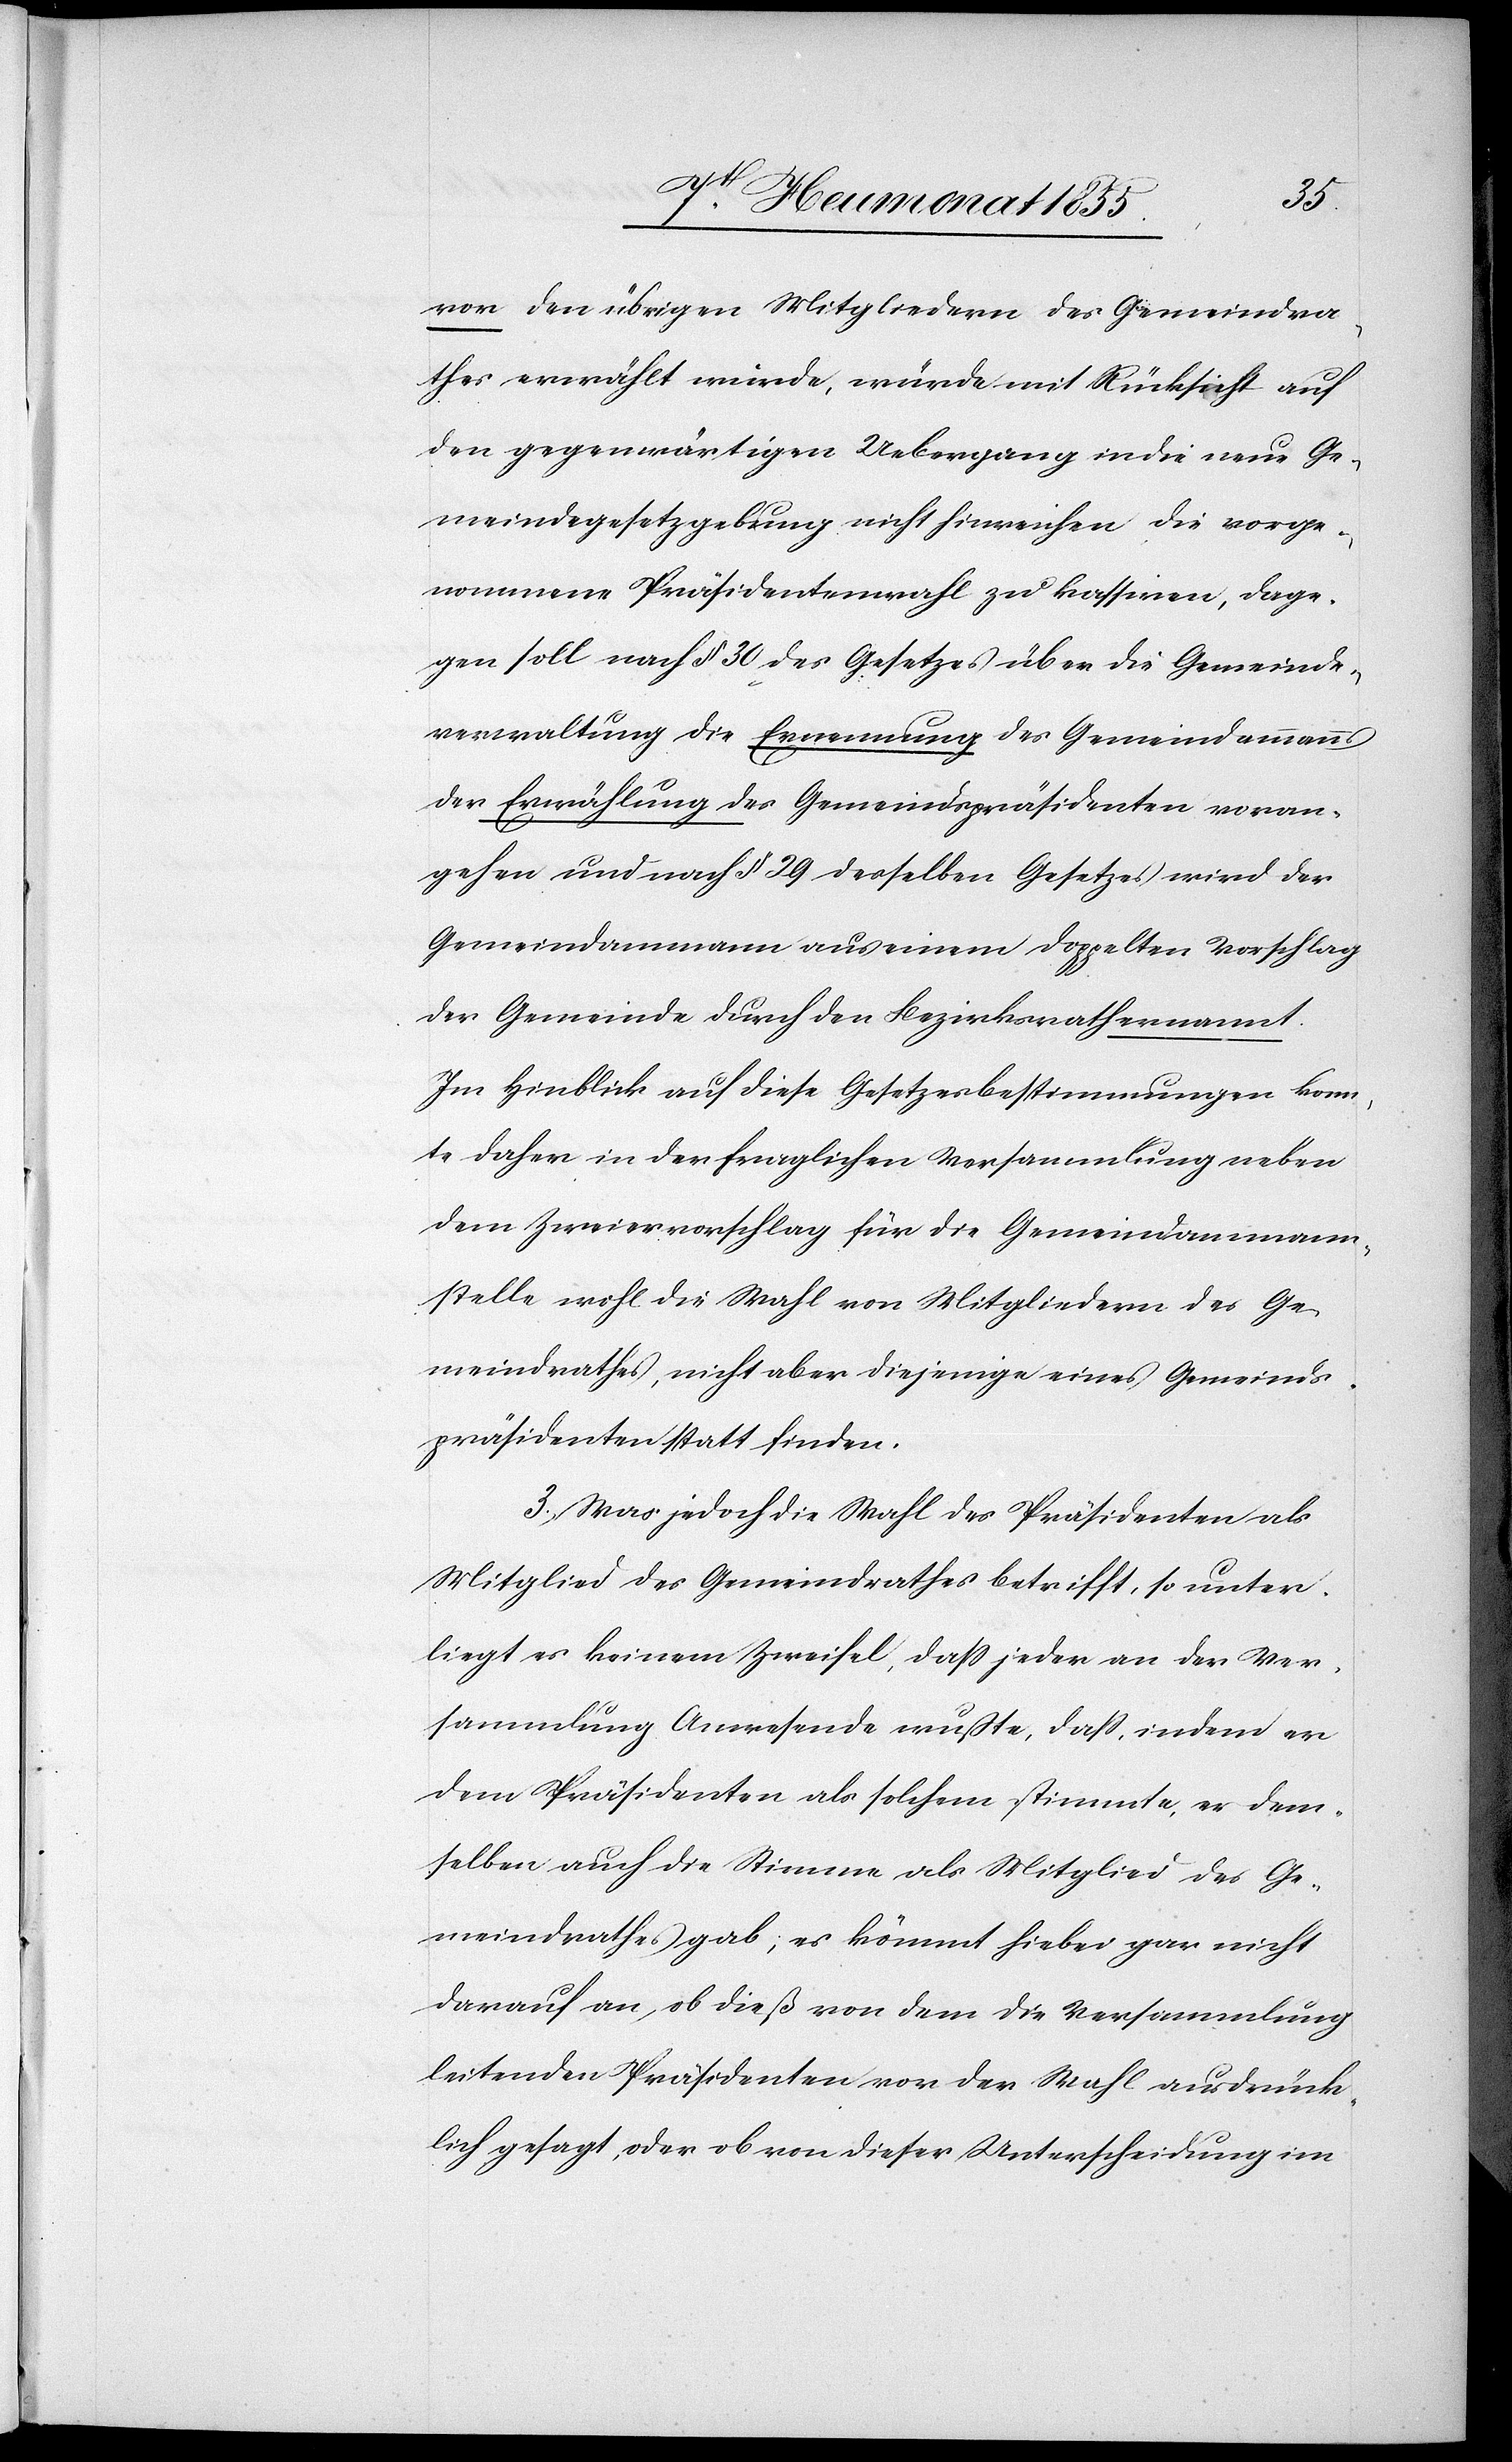
vor den übrigen Mitgliedern des Gemeindra¬
thes erwählt wurde, würde mit Rücksicht auf
den gegenwärtigen Uebergang in die neue Ge¬
meindegesetzgebung nicht hinreichen die vorge¬
nommene Präsidentenwahl zu kassiren, dage¬
gen soll nach § 30 des Gesetzes über die Gemeinde¬
verwaltung die Ernennung des Gemeindammanns
der Erwählung des Gemeindspräsidenten voran¬
gehen und nach § 29 desselben Gesetzes wird der
Gemeindammann aus einem doppelten Vorschlag
der Gemeinde durch den Bezirksrath ernannt.
Im Hinblick auf diese Gesetzesbestimmungen konn¬
te daher in der fraglichen Versammlung neben
dem Zweiervorschlag für die Gemeindammann¬
stelle wohl die Wahl von Mitgliedern des Ge¬
meindrathes, nicht aber diejenige eines Gemeinds¬
präsidenten statt finden.
3, Was jedoch die Wahl des Präsidenten als
Mitglied des Gemeindrathes betrifft, so unter¬
liegt es keinem Zweifel, dass jeder an der Ver¬
sammlung Anwesende wußte, dass, indem er
dem Präsidenten als solchem stimmte, er dem¬
selben auch die Stimme als Mitglied des Ge¬
meindrathes gab; es kömmt hiebei gar nicht
darauf an, ob dieß von dem die Versammlung
leitenden Präsidenten vor der Wahl ausdrück¬
lich gesagt, oder ob von dieser Unterscheidung im